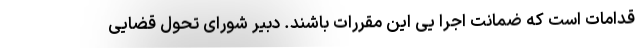
قدامات است که ضمانت اجرا یی این مقررات باشند. دبیر شورای تحول قضایی